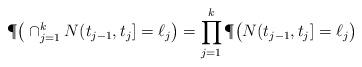
LaTeX: \begin{align*} \P\big( \cap_{j=1}^k N(t_{j-1},t_j]=\ell_j \big) = \prod_{j=1}^k \P\big( N(t_{j-1},t_j] =\ell_j \big) \end{align*}